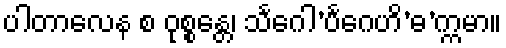
ပါတာလေန စ ဝုစ္စန္တေ၊ သင်္ဂေါ’ပင်္ဂေဟိ’ဓ’က္ကမာ။